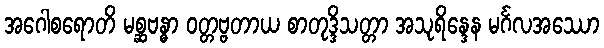
အဂေါစရောတိ မစ္ဆဗန္ဓာ ဝတ္တဗ္ဗတာယ စာတုဒ္ဒိသတ္တာ အသုရိန္ဒေန မင်္ဂလအဿော